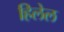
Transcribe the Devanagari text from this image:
हिलेल